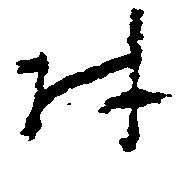
村